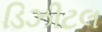
ડિઝીટલ